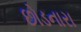
છોડનારા